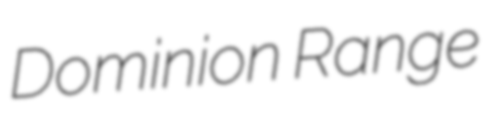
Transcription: Dominion Range